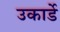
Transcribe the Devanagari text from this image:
उकार्डे